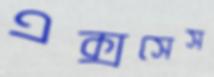
এক্সসেস